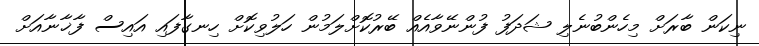
ނިކަން ބާރަށް މިހެންބުނެލި ޝަދަފު ފުންނޭވާއެއް ބޭރުކޮށްލަމުން ހަލުވިކޮށް ހިނގާފައި އައިސް ފާޚާނާއަށް